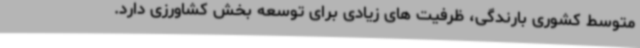
متوسط کشوری بارندگی، ظرفیت های زیادی برای توسعه بخش کشاورزی دارد.